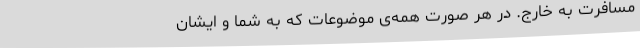
مسافرت‌ به‌ خارج‌. در هر صورت‌ همه‌ی‌ موضوعات‌ که‌ به‌ شما و ایشان‌